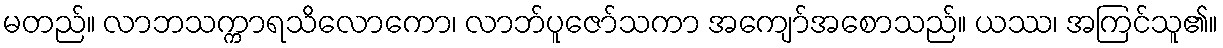
မတည်။ လာဘသက္ကာရသိလောကော၊ လာဘ်ပူဇော်သကာ အကျော်အစောသည်။ ယဿ၊ အကြင်သူ၏။